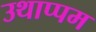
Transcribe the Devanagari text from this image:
उथाप्पम